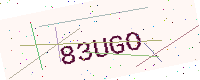
Text: 83UGO